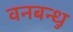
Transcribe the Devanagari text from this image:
वनबन्धु